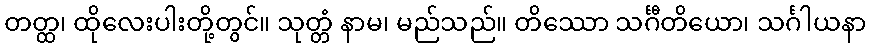
တတ္ထ၊ ထိုလေးပါးတို့တွင်။ သုတ္တံ နာမ၊ မည်သည်။ တိဿော သင်္ဂီတိယော၊ သင်္ဂါယနာ